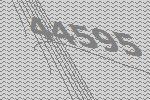
44595